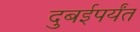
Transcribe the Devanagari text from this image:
दुबईपर्यंत